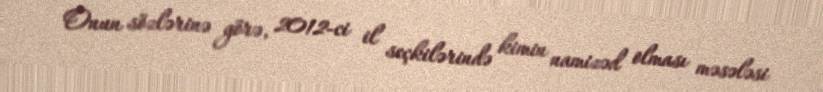
Onun sözlərinə görə, 2012-ci il seçkilərində kimin namizəd olması məsələsi